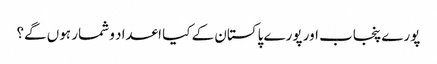
پورے پنجاب اور پورے پاکستان کے کیا اعداد و شمار ہوں گے؟